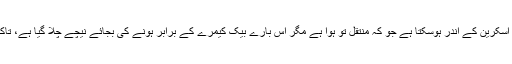
پہلے کہا جارہا تھا کہ فنگر پرنٹ سنسر اسکرین کے اندر ہوسکتا ہے جو کہ منتقل تو ہوا ہے مگر اس بارے بیک کیمرے کے برابر ہونے کی بجائے نیچے چلا گیا ہے، تاکہ گزشتہ سال کی تنقید سے بچا جاسکے۔